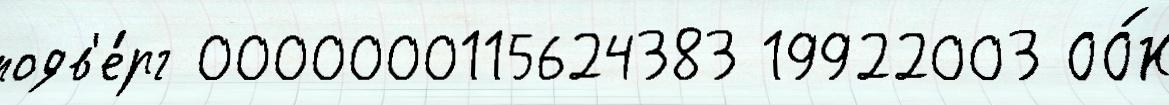
подв'е́рг 0000000115624383 19922003 ОО́Н